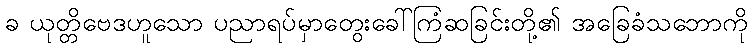
ခ ယုတ္တိဗေဒဟူသော ပညာရပ်မှာတွေးခေါ်ကြံဆခြင်းတို့၏ အခြေခံသဘောကို